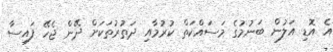
އެ އޮޑި އަލުން ބަނުމުގެ މަސައްކަތް ކުރުމާއި ދަތުރުތަކަށް ދޭން ޖެހޭ ފައިސާ